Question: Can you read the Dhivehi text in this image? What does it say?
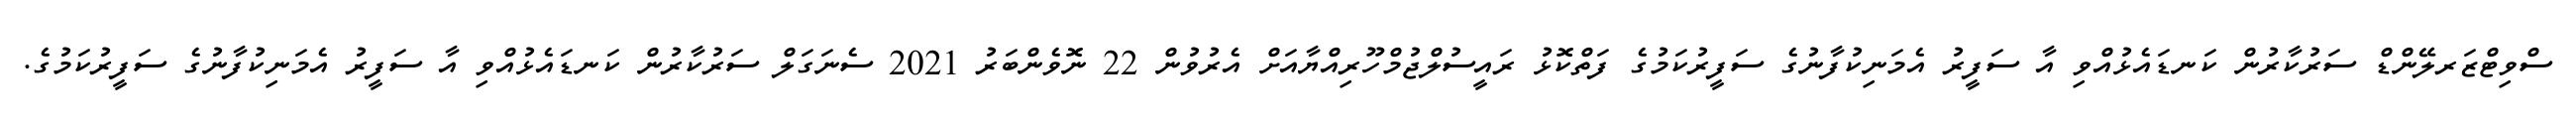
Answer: ސްވިޓްޒަރލޭންޑް ސަރުކާރުން ކަނޑައެޅުއްވި އާ ސަފީރު އެމަނިކުފާނުގެ ސަފީރުކަމުގެ ފަތްކޮޅު ރައީސުލްޖުމްހޫރިއްޔާއަށް އެރުވުން 22 ނޮވެންބަރު 2021 ސެނަގަލް ސަރުކާރުން ކަނޑައެޅުއްވި އާ ސަފީރު އެމަނިކުފާނުގެ ސަފީރުކަމުގެ.